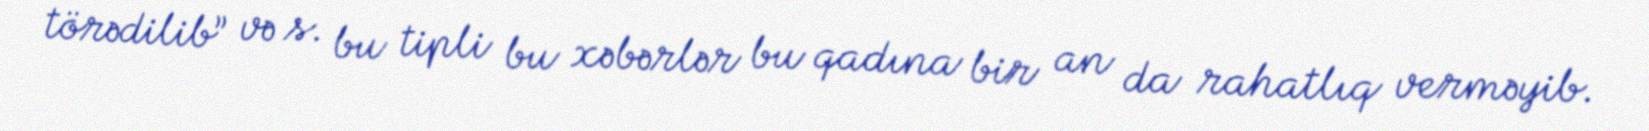
törədilib” və s. bu tipli bu xəbərlər bu qadına bir an da rahatlıq verməyib.